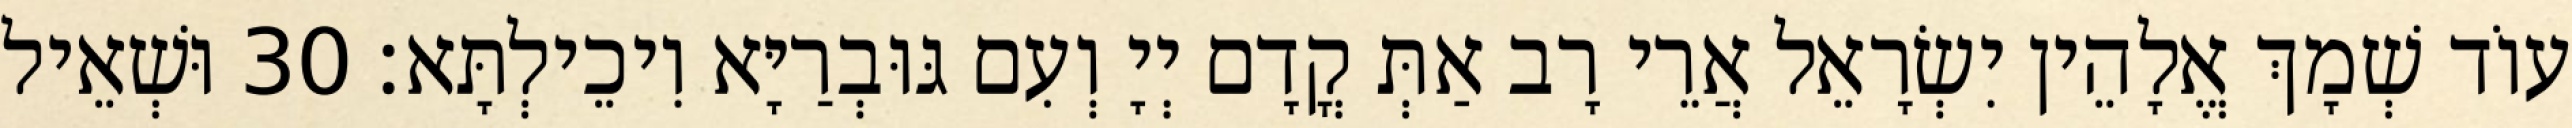
עוֹד שְׁמָךְ אֱלָהֵין יִשְׂרָאֵל אֲרֵי רָב אַתְּ קֳדָם יְיָ וְעִם גּוּבְרַיָּא וִיכֵילְתָּא׃ 30 וּשְׁאֵיל